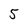
Character: 5